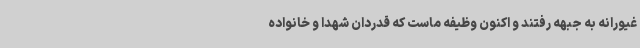
غیورانه به جبهه رفتند و اکنون وظیفه ماست که قدردان شهدا و خانواده